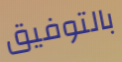
بالتوفيق